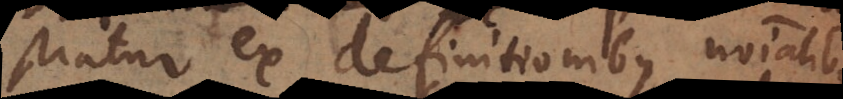
demonstratur ex definitionibus nominalibus